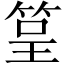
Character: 䇸